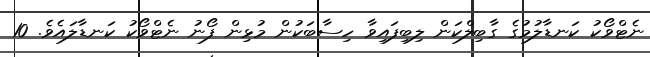
ނެޓްވޯކު ކަނޑާލުމުގެ ގާބިލްކަން ލިބިފައިވާ ހިސާބަކުން މުޅިން ފޯނު ނެޓްވޯކު ކަނޑާލައެވެ. 10